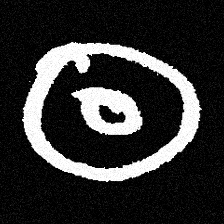
Pyu character \u2014 Myanmar letter: ထ (romanized: tha)